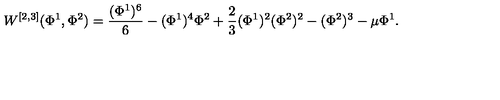
W ^ { [ 2 , 3 ] } ( \Phi ^ { 1 } , \Phi ^ { 2 } ) = { \frac { ( \Phi ^ { 1 } ) ^ { 6 } } { 6 } } - ( \Phi ^ { 1 } ) ^ { 4 } \Phi ^ { 2 } + { \frac { 2 } { 3 } } ( \Phi ^ { 1 } ) ^ { 2 } ( \Phi ^ { 2 } ) ^ { 2 } - ( \Phi ^ { 2 } ) ^ { 3 } - \mu \Phi ^ { 1 } .